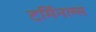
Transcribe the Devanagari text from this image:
टर्मिनल्‍स